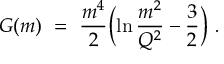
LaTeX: \hat { h } _ { 1 } ( z ) = \frac { M ^ { 2 } } { 8 ( 1 - z ) } \int _ { 0 } ^ { \infty } \frac { d k _ { \bot } ^ { 2 } } { ( 2 \pi ) ^ { 2 } } \frac { 1 } { ( k ^ { 2 } - m ^ { 2 } ) ^ { 2 } } { \mid \! \phi \! \mid } ^ { 2 }